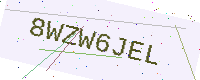
Text: 8WZW6JEL